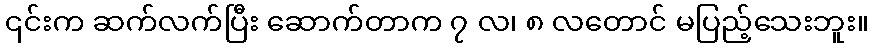
၎င်းက ဆက်လက်ပြီး ဆောက်တာက ၇ လ၊ ၈ လတောင် မပြည့်သေးဘူး။